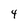
Character: 4